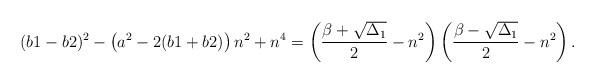
LaTeX: \begin{align*}(b1 - b2)^2-\left(a^2 - 2 (b1 + b2)\right) n^2 + n^4=\left(\frac{\beta+\sqrt{\Delta_1}}{2}-n^2\right)\left(\frac{\beta-\sqrt{\Delta_1}}{2}-n^2\right).\end{align*}